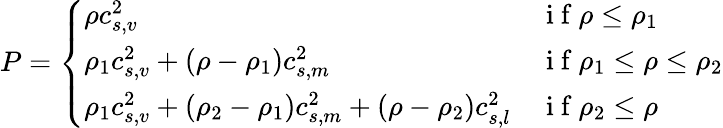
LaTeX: P=\left\{ \begin{array}{ll}{\rho c_{s,v}^{2}}&{\mathrm{~i~f~}\rho\leq\rho_{1}}\\ {\rho_{1}c_{s,v}^{2}+\left(\rho-\rho_{1}\right)c_{s,m}^{2}}&{\mathrm{~i~f~}\rho_{1}\leq\rho\leq\rho_{2}}\\ {\rho_{1}c_{s,v}^{2}+\left(\rho_{2}-\rho_{1}\right)c_{s,m}^{2}+\left(\rho-\rho_{2}\right)c_{s,l}^{2}}&{\mathrm{~i~f~}\rho_{2}\leq\rho}\end{array}\right.